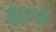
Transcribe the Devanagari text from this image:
द्वंद्वाचे